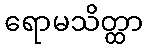
ရောမသိတ္ထာ